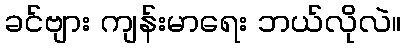
ခင်ဗျား ကျန်းမာရေး ဘယ်လိုလဲ။